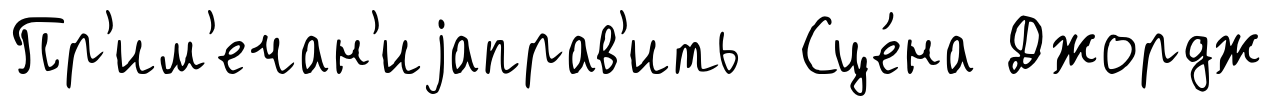
Пр'им'ечан'иjаправ'ить Сце́на Джордж